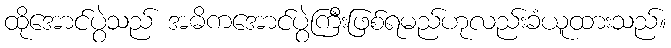
ထိုအောင်ပွဲသည် အဓိကအောင်ပွဲကြီးဖြစ်ရမည်ဟုလည်းခံယူထားသည်။